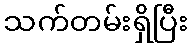
သက်တမ်းရှိပြီး